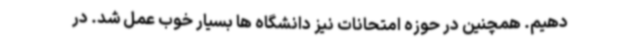
دهیم. همچنین در حوزه امتحانات نیز دانشگاه ها بسیار خوب عمل شد. در